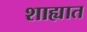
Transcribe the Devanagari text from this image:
शाह्यात